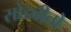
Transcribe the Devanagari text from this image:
सोडवीतो